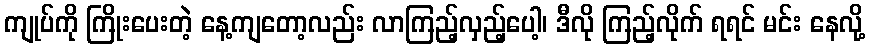
ကျုပ်ကို ကြိုးပေးတဲ့ နေ့ကျတော့လည်း လာကြည့်လှည့်ပေါ့၊ ဒီလို ကြည့်လိုက် ရရင် မင်း နေလို့